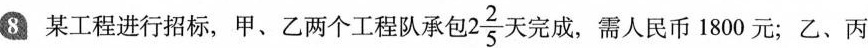
8 某工程进行招标，甲、乙两个工程队承包2\frac{2}{5}天完成，需人民币1800元；乙、丙